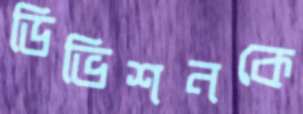
ডিভিশনকে